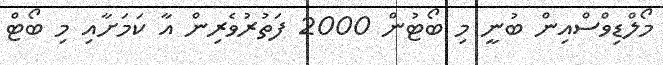
މޯލްޑިވްސްއިން ބުނީ މި ބޯޓުން 2000 ފަތުރުވެރިން އާ ކަމަށާއި މި ބޯޓް